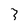
Character: 3